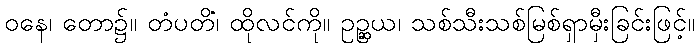
ဝနေ၊ တော၌။ တံပတိံ၊ ထိုလင်ကို။ ဥဉ္ဆယ၊ သစ်သီးသစ်မြစ်ရှာမှီးခြင်းဖြင့်။